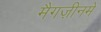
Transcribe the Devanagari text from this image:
मैगज़ीनमें